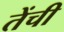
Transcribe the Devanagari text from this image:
तेंची